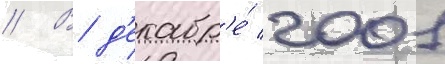
// В д'екабр'е́ 2001